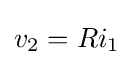
v_{2}=Ri_{1}